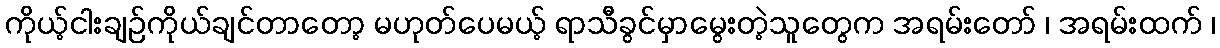
ကိုယ့်ငါးချဉ်ကိုယ်ချင်တာတော့ မဟုတ်ပေမယ့် ရာသီခွင်မှာမွေးတဲ့သူတွေက အရမ်းတော် ၊ အရမ်းထက် ၊